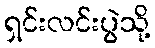
ရှင်းလင်းပွဲသို့